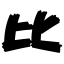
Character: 比